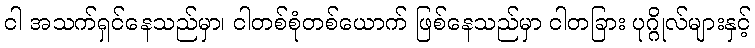
ငါ အသက်ရှင်နေသည်မှာ၊ ငါတစ်စုံတစ်ယောက် ဖြစ်နေသည်မှာ ငါတခြား ပုဂ္ဂိုလ်များနှင့်